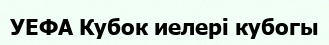
УЕФА Кубок иелері кубогы